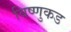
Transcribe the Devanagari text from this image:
विष्णुकड